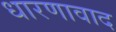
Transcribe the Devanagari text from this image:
धारणावाद